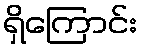
ရှိကြောင်း